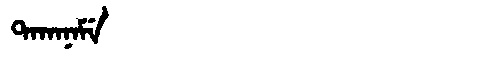
Manchu: ᡨᠠᡴᠠᠨᠠᠮᡝ
Romanization: TAKANAME